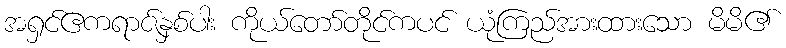
အရှင်ဧကရာဇ်နှစ်ပါး ကိုယ်တော်တိုင်ကပင် ယုံကြည်အားထားသော မိမိ၏